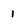
Character: 1